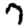
Digit: 7